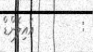
:         އައިލެންޑް